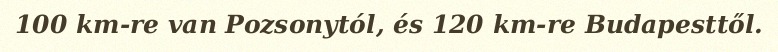
100 km-re van Pozsonytól, és 120 km-re Budapesttől.